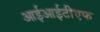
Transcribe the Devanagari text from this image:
आईआईटीएफ